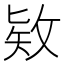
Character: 𪵊